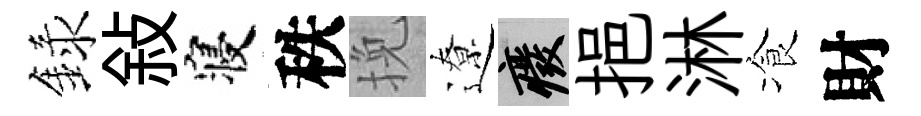
録敍寝秩挽遼廢挹淋飡財